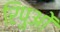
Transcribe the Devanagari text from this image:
रिपुओं